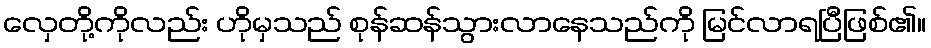
လှေတို့ကိုလည်း ဟိုမှသည် စုန်ဆန်သွားလာနေသည်ကို မြင်လာရပြီဖြစ်၏။